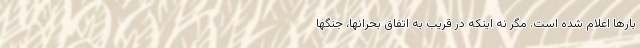
بارها اعلام شده است. مگر نه اینکه در قریب به اتفاق بحرانها، جنگها